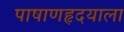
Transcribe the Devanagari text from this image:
पाषाणहृदयाला